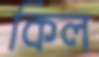
কিল